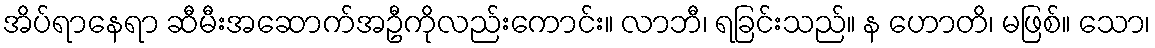
အိပ်ရာနေရာ ဆီမီးအဆောက်အဦကိုလည်းကောင်း။ လာဘီ၊ ရခြင်းသည်။ န ဟောတိ၊ မဖြစ်။ သော၊